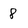
Character: 8